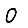
Digit: 0